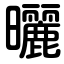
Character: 曬